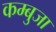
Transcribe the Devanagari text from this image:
कम्बुजा